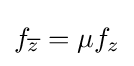
\displaystyle f_{\overline {z}}=\mu f_{z}